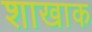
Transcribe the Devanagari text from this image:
शाखाक